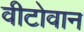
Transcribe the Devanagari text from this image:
वीटोवान